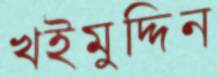
খইমুদ্দিন